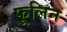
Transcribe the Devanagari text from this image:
फूलिन